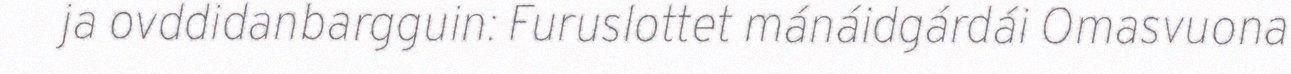
ja ovddidanbargguin: Furuslottet mánáidgárdái Omasvuona